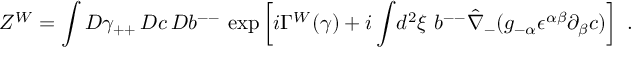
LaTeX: Z ^ { W } = \int { \cal D } \gamma _ { + + } \, { \cal D } c \, { \cal D } b ^ { -- } ~ \mathrm { e x p } \left[ i \Gamma ^ { W } ( \gamma ) + i \int \! d ^ { 2 } \xi ~ b ^ { -- } \hat { \nabla } _ { - } ( g _ { - \alpha } \epsilon ^ { \alpha \beta } \partial _ { \beta } c ) \right] ~ .